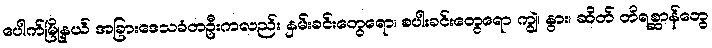
ပေါက်မြို့နယ် အခြားဒေသခံတဦးကလည်း နှမ်းခင်းတွေရော၊ စပါးခင်းတွေရော ကျွဲ၊ နွား၊ ဆိတ် တိရစ္ဆာန်တွေ